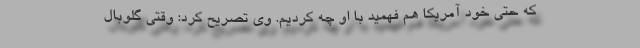
که حتی خود آمریکا هم فهمید با او چه کردیم. وی تصریح کرد: وقتی گلوبال